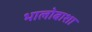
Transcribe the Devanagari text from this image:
भालोबाशा